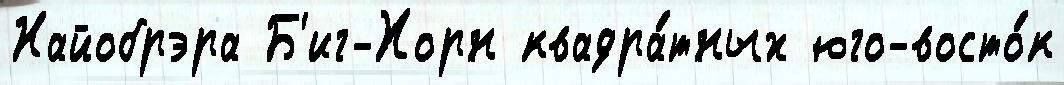
Найобрэра Б'иг-Хорн квадра́тных юго-восто́к